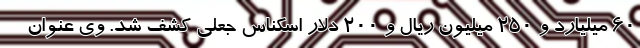
۶۰ میلیارد و ۲۵۰ میلیون ریال و ۲۰۰ دلار اسکناس جعلی کشف شد. وی عنوان